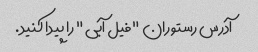
آدرس رستوران "فیل آبی" را پیدا کنید.